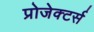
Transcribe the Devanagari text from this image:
प्रोजेक्टर्स